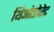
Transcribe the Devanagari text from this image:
थिओडोरेट